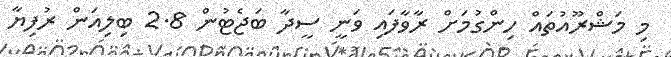
މި މަޝްރޫއުތައް ހިންގުމަށް ރާވާފައި ވަނީ ސީދާ ބަޖެޓުން 2.8 ބިލިއަން ރުފިޔާ